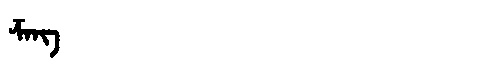
Manchu: ᡯᠠᠩ
Romanization: DZANG